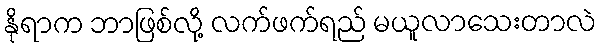
နိုရာက ဘာဖြစ်လို့ လက်ဖက်ရည် မယူလာသေးတာလဲ